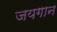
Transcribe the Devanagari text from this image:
जयगान